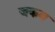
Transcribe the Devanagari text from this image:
जकब